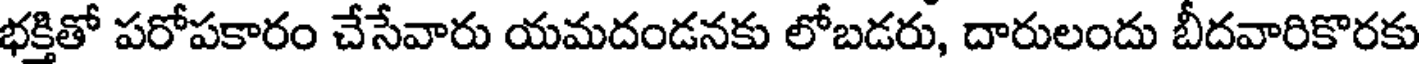
భక్తితో పరోపకారం చేసేవారు యమదండనకు లోబడరు, దారులందు బీదవారికొరకు